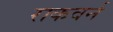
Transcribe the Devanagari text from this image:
राकवर्न